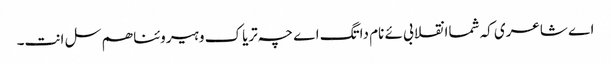
اے شاعری کہ شماانقلابی ئے نام داتگ اے چہ تریاک و ہیروئنا ھم سل انت۔